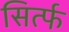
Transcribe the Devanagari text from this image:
सिर्त्फ